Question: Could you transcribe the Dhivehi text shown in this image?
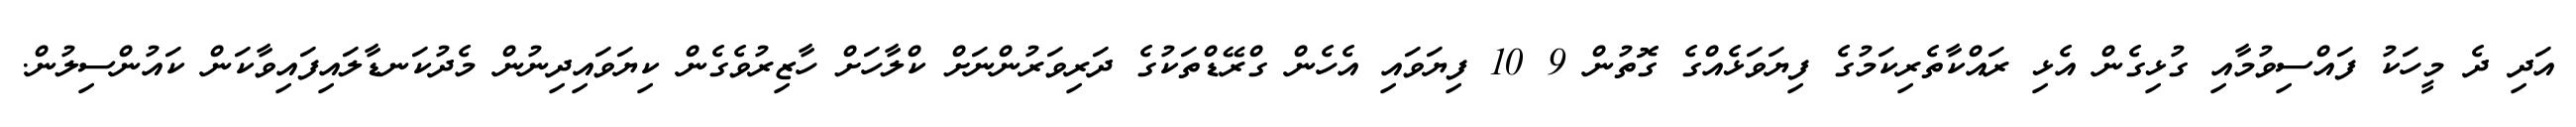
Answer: އަދި ދެ މީހަކު ފައްސިވުމާއި ގުޅިގެން އެޅި ރައްކާތެރިކަމުގެ ފިޔަވަޅެއްގެ ގޮތުން 9 10 ފިޔަވައި އެހެން ގްރޭޑްތަކުގެ ދަރިވަރުންނަށް ކްލާހަށް ހާޒިރުވެގެން ކިޔަވައިދިނުން މެދުކަނޑާލައިފައިވާކަން ކައުންސިލުން.